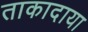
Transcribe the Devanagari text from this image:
ताकादाया